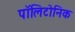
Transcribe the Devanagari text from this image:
पॉलिटोनिक